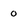
Character: o